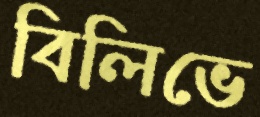
বিলিভে